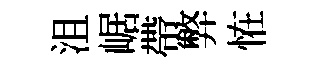
沮崌帶弊恠